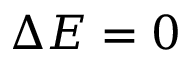
\Delta E = 0